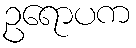
ဥရောပက